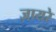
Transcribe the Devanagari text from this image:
ज़ायरे